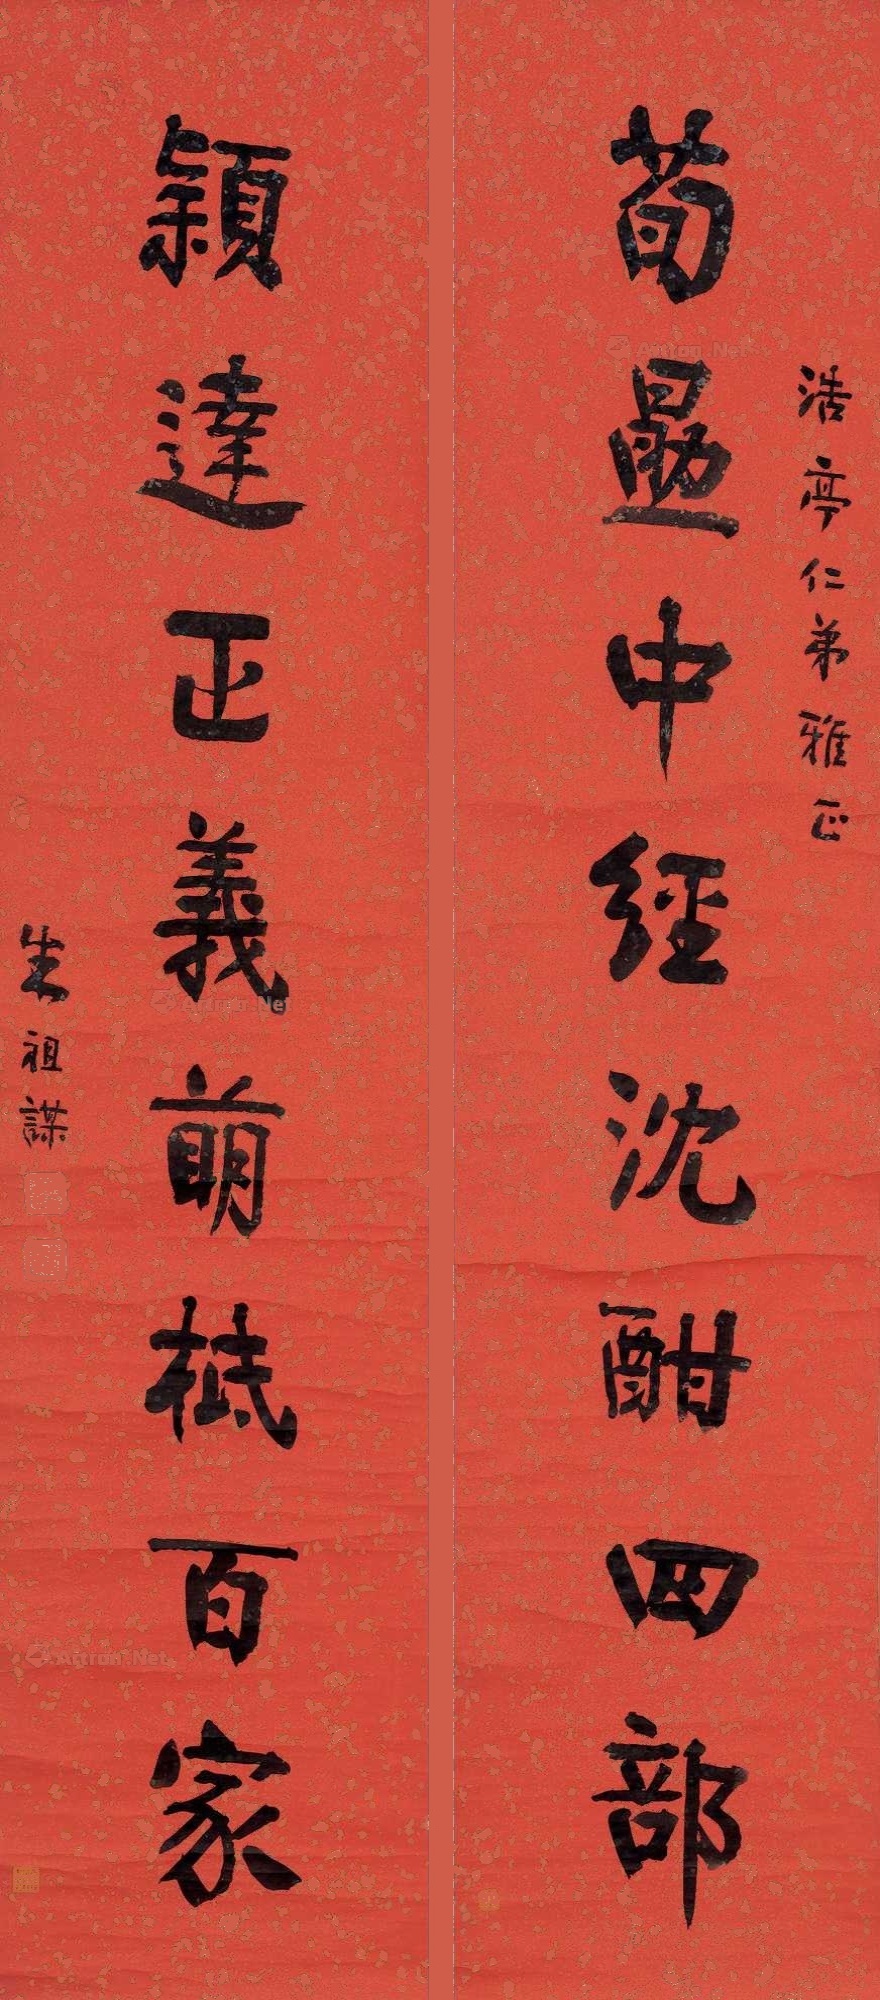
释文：荀勖中经沈酣四部，颖达正义萌柢百家。浩亭仁弟雅正，朱祖谋。